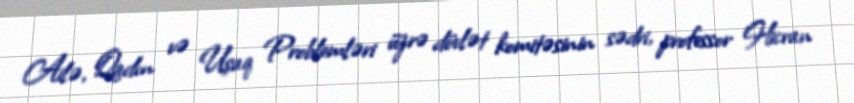
Ailə, Qadın və Uşaq Problemləri üzrə dövlət komitəsinin sədri, professor Hicran